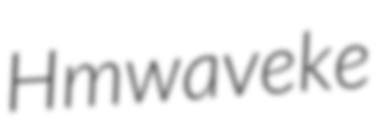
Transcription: Hmwaveke